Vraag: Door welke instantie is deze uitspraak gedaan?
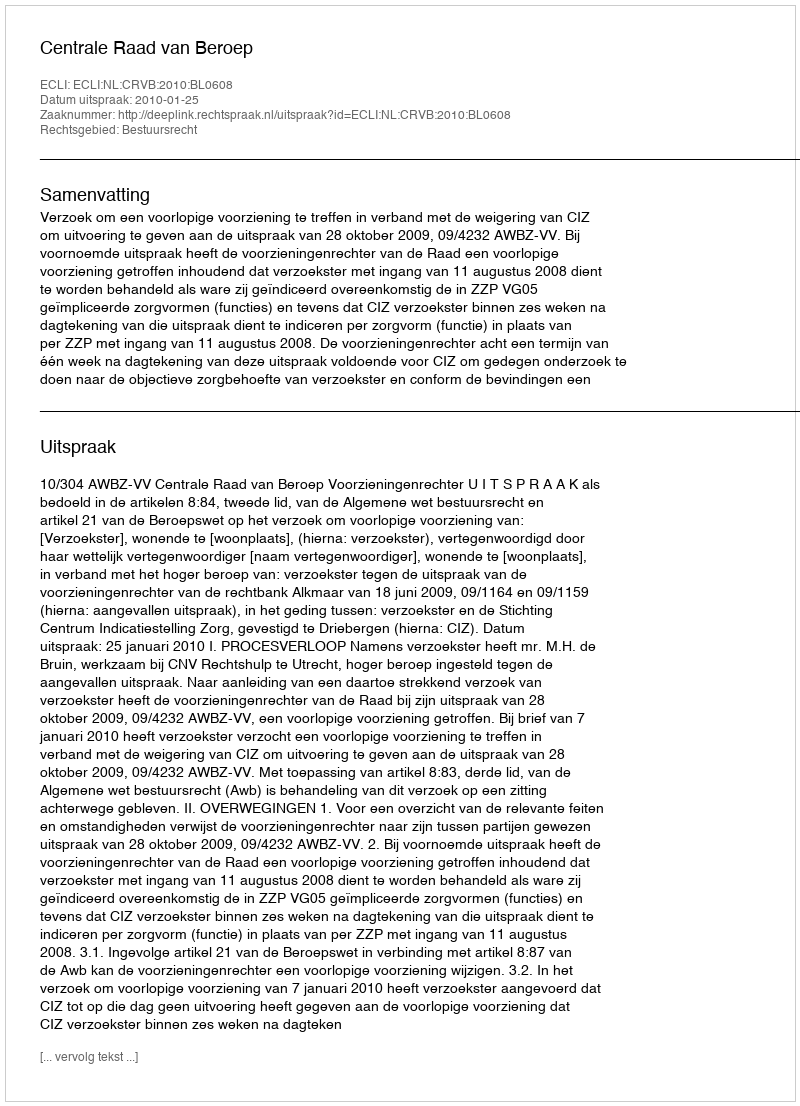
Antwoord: Centrale Raad van Beroep